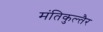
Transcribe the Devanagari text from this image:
मंतिकुल्तैर